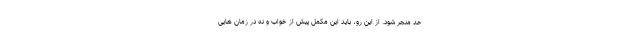
حد منجر شود. از این رو، باید این مکمل پیش از خواب و نه در زمان هایی